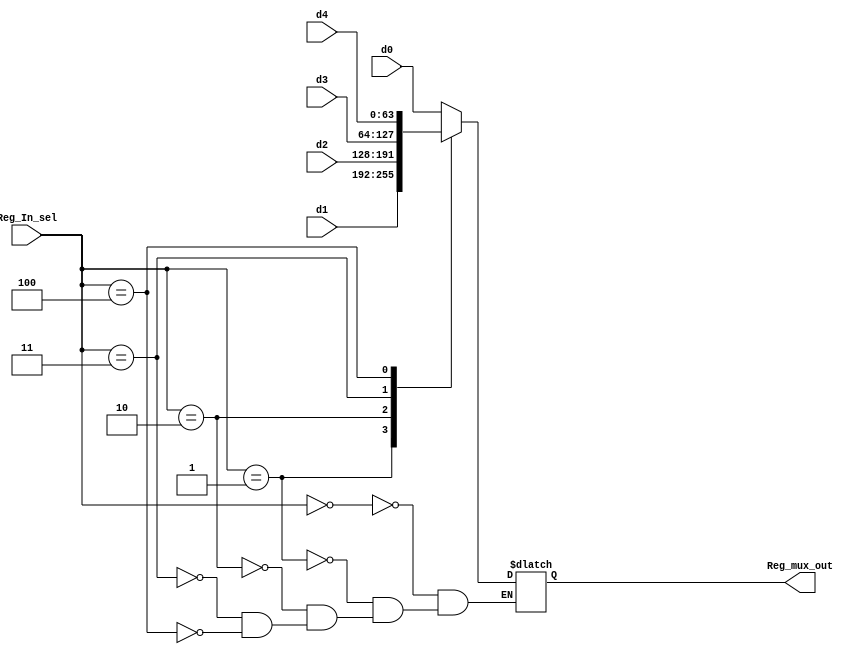
`timescale 1ns / 1ps
//////////////////////////////////////////////////////////////////////////////////
// Company: 
// Engineer: 
// 
// Design Name: 
// Module Name:    Reg_In_mux 
// Project Name: 
// Target Devices: 
// Tool versions: 
// Description: 
//
// Dependencies: 
//
// Revision: 
// Revision 0.01 - File Created
// Additional Comments: 
//
//////////////////////////////////////////////////////////////////////////////////
module Reg_In_mux(d4, d3, d2, d1, d0, Reg_In_sel,Reg_mux_out);
	input [63:0] d4, d3,d2,d1,d0;
	input [2:0] Reg_In_sel;
	output[63:0] Reg_mux_out;
	reg [63:0]Reg_mux_out;
	
   always@(d4,d3,d2,d1,d0, Reg_In_sel,Reg_mux_out)
    casex(Reg_In_sel)
      3'b000: Reg_mux_out=d0;
		3'b001: Reg_mux_out=d1;
		3'b010: Reg_mux_out=d2;
		3'b011: Reg_mux_out=d3;
		3'b100: Reg_mux_out=d4;
		default: Reg_mux_out=Reg_mux_out;
  
    endcase


endmodule